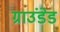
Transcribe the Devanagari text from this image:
ग्राउंडेड